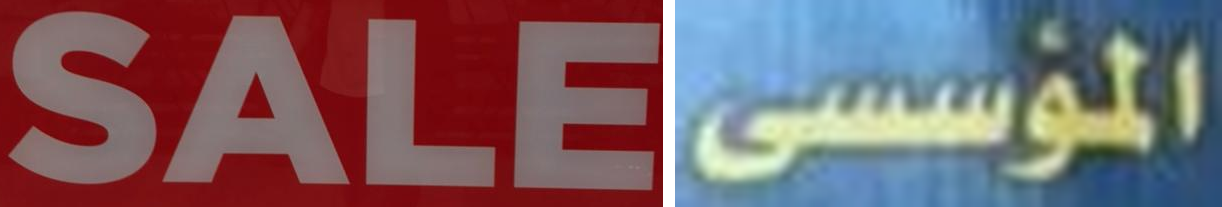
SALE المؤسسى